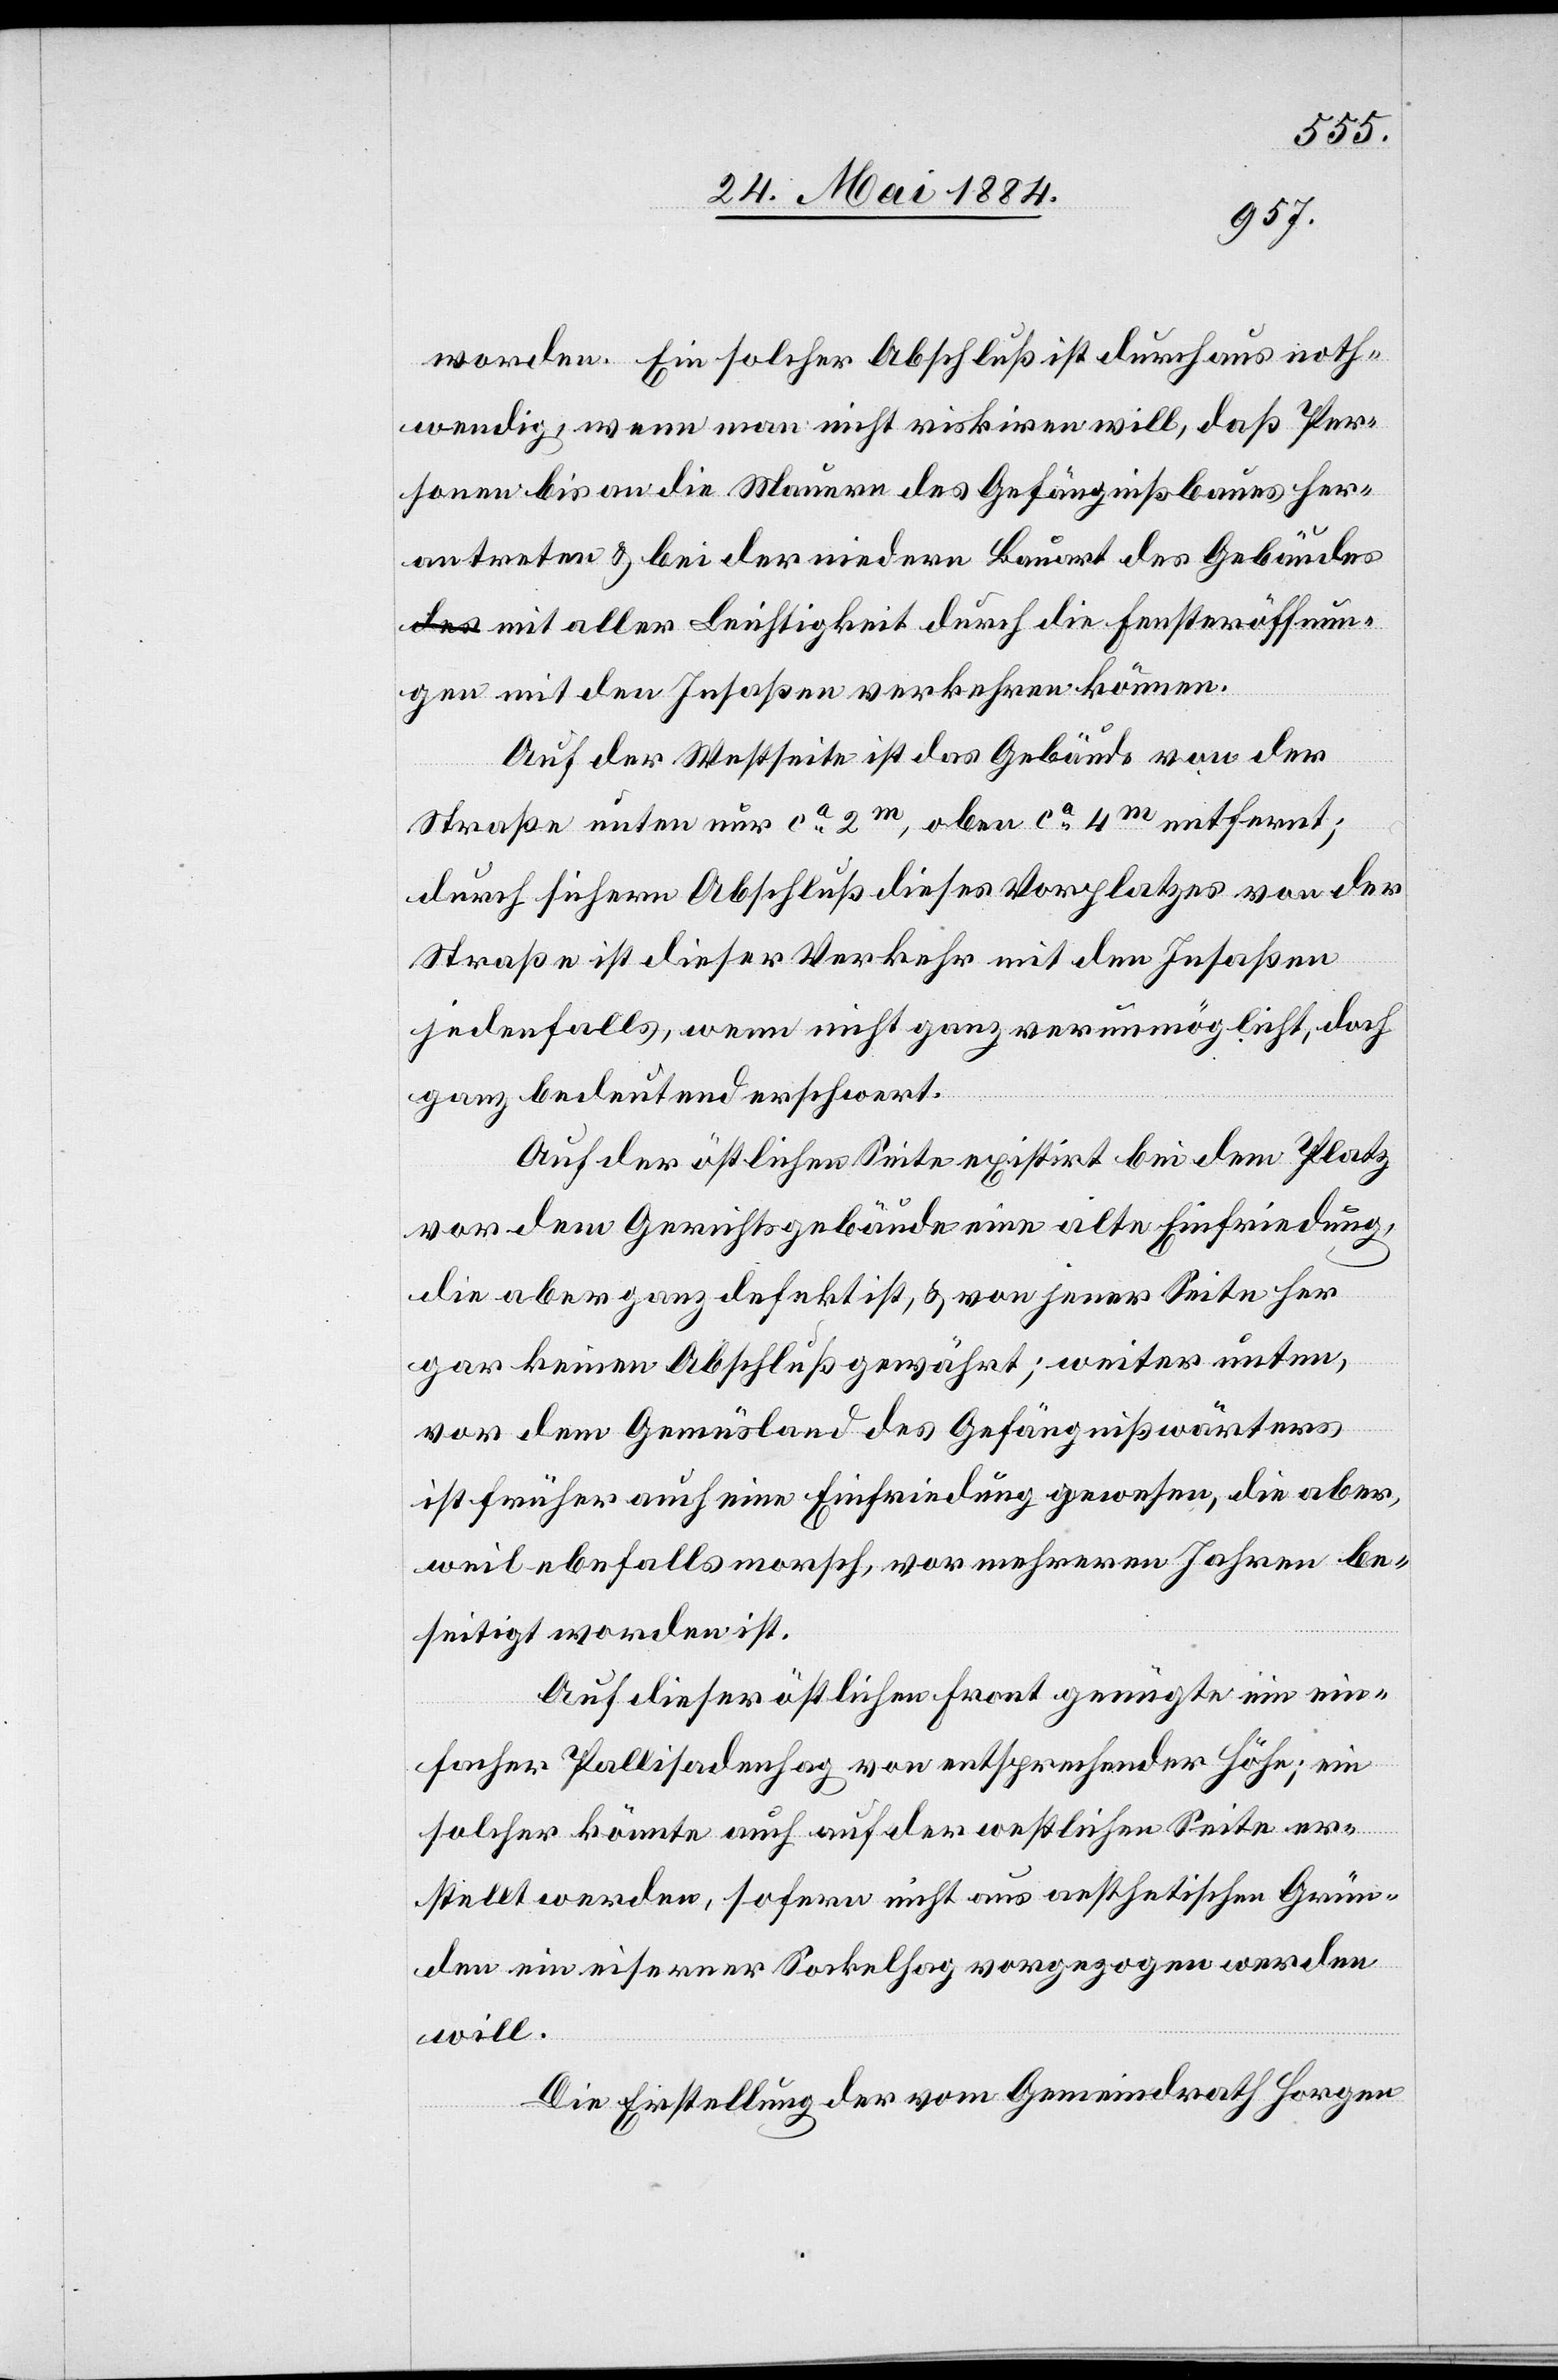
worden. Ein solcher Abschluß, wenn man nicht ris¬
sonen bis an die Mauern des Gefängnißbaues her¬
antreten & bei der niedern Bauart des Gebäudes
mit aller Leichtigkeit durch die Fensteröffnun¬
gen mit den Insaßen verkehren können.
r¬
Auf der Westseite ist das Gebäude von der
Straße unten nur ca 2m, oben ca 4m entfernt;
durch sichern Abschluß dieses Vorplatzes von der
Straße ist dieser Verkehr mit den Insaßen
jedenfalls, wenn nicht ganz verunmöglicht, doch
ganz bedeutend erschwert.
Auf der östlichen Seite existirt bei dem Platz
vor dem Gerichtsgebäude eine alte Einfriedung,
die aber ganz defekt ist, & von jener Seite her
gar keinen Abschluß gewährt; weiter unten,
von dem Gemüsland des Gefängnißwärters
ist früher auch eine Einfriedung gewesen, die aber,
weil ebenfalls morsch, vor mehreren Jahren be¬
seitigt worden ist.
Auf dieser östlichen Front genügte ein ein¬
facher Pallisadenhag von entsprechender Höhe; ein
solcher könnte auch auf der westlichen Seite er¬
stellt werden, sofern nicht aus aesthetischen Grün¬
den ein eiserner Sockelhag vorgezogen werden
will.
Zur Erstellung der vom Gemeindrath Horgen